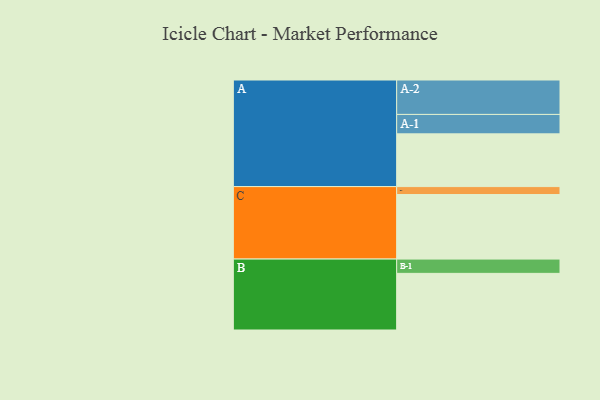
{"axis": {"x": "Segment", "y": "Value"}, "legend": ["", "A", "B", "C"], "data": [{"x": "A", "y": 380, "type": ""}, {"x": "B", "y": 408, "type": ""}, {"x": "C", "y": 465, "type": ""}, {"x": "A-1", "y": 140, "type": "A"}, {"x": "A-2", "y": 248, "type": "A"}, {"x": "B-1", "y": 103, "type": "B"}, {"x": "C-1", "y": 57, "type": "C"}]}